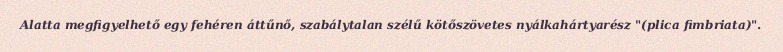
Alatta megfigyelhető egy fehéren áttűnő, szabálytalan szélű kötőszövetes nyálkahártyarész "(plica fimbriata)".